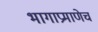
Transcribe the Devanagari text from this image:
भागाप्रमाणेच